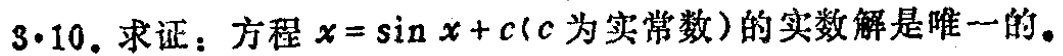
$3\cdot10.$ 求证：方程$x = \sin x + c$（$c$为实常数）的实数解是唯一的。